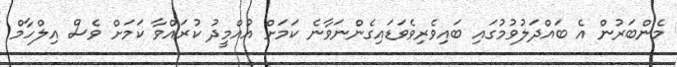
މެންބަރުން އެ ބައްދަލުވުމުގައި ބައިވެރިވެވަޑައިގެންނަވާނެ ކަމަށް އުއްމީދު ކުރައްވާ ކަމަށް ވެސް އިލްހާމް